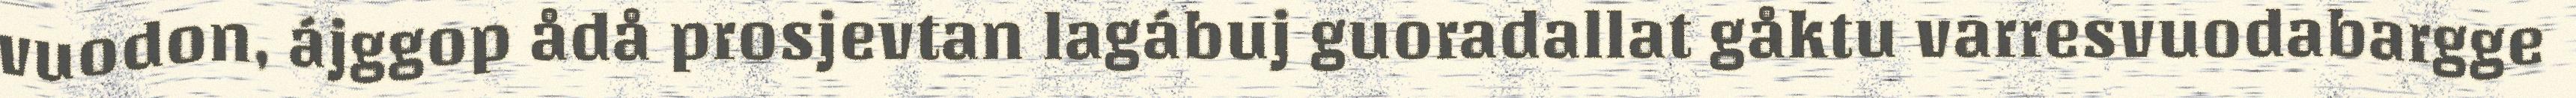
vuodon, ájggop ådå prosjevtan lagábuj guoradallat gåktu varresvuodabargge